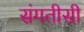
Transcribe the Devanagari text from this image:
संगतीसी